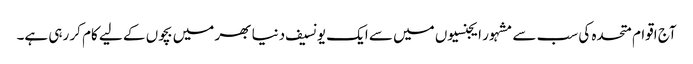
آج اقوام متحدہ کی سب سے مشہور ایجنسیوں میں سے ایک یونسیف دنیا بھر میں بچوں کے لیے کام کر رہی ہے۔